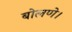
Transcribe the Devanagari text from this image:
बोलणे।